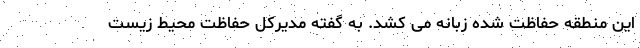
این منطقه حفاظت شده زبانه می کشد. به گفته مدیرکل حفاظت محیط زیست